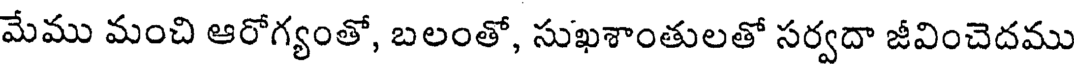
మేము మంచి ఆరోగ్యంతో, బలంతో, సుఖశాంతులతో సర్వదా జీవించెదము